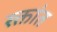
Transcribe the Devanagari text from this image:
रक्तांत